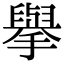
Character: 擧